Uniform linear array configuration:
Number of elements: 64
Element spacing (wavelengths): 0.75
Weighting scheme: hann
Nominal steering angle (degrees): -15
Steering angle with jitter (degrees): -13.634
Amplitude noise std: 0.05
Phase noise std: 0.05

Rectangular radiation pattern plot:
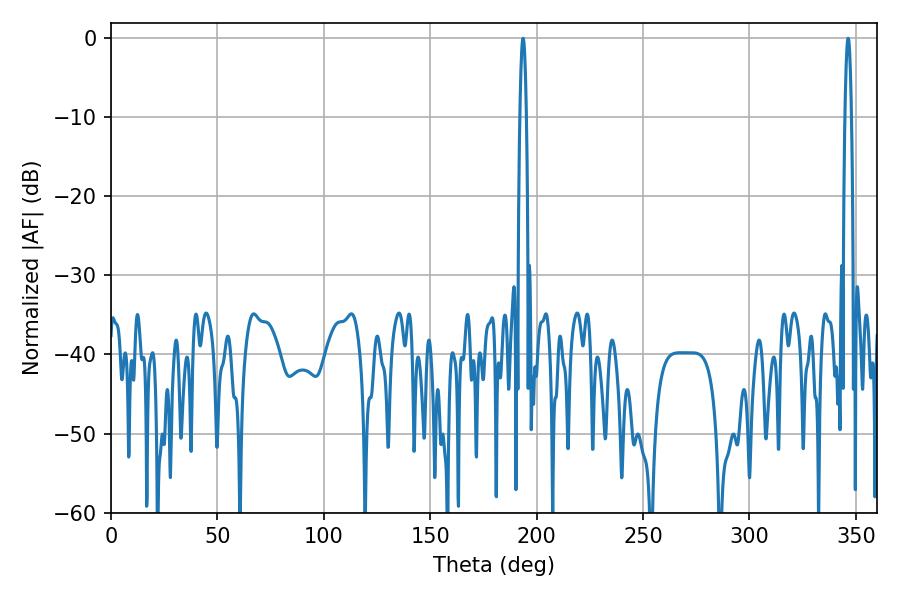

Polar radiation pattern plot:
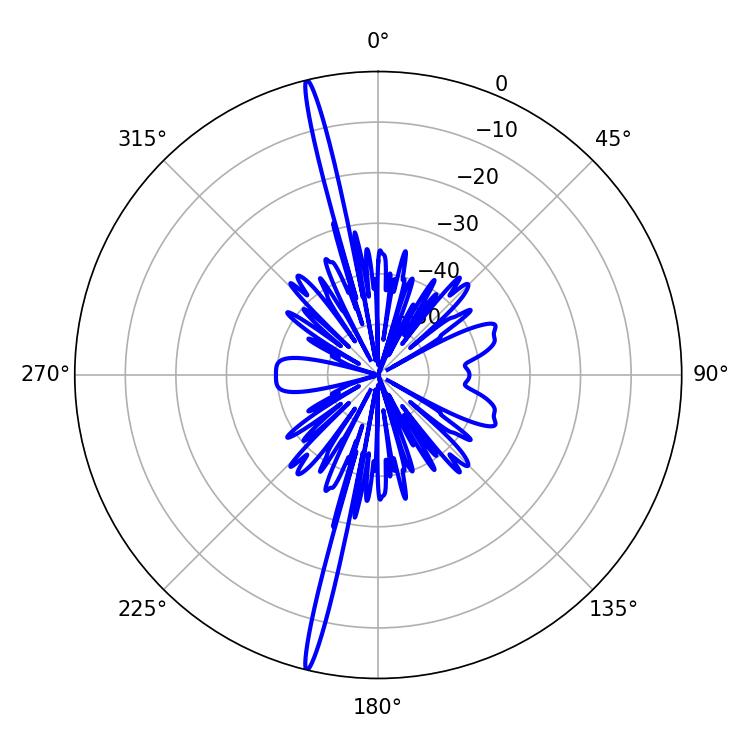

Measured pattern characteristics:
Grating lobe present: TRUE
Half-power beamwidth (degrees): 1.62
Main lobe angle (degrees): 346.32